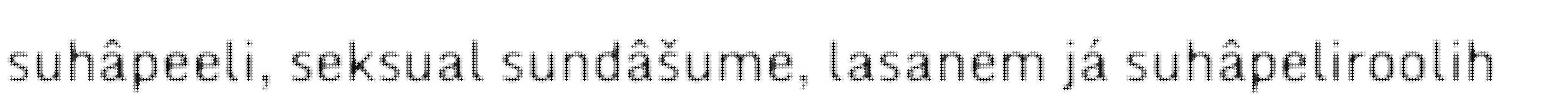
suhâpeeli, seksual sundâšume, lasanem já suhâpeliroolih